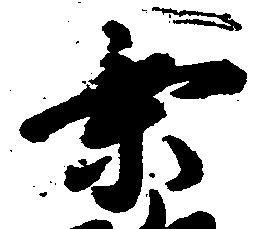
乗